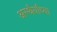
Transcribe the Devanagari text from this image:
अस्थैर्याच्या